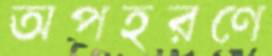
অপহরণে